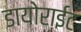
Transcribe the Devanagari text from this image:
डायोराईट